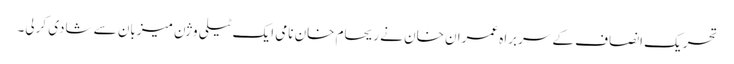
تحریک انصاف کے سربراہ عمران خان نے ریحام خان نامی ایک ٹیلی وژن میزبان سے شادی کرلی۔